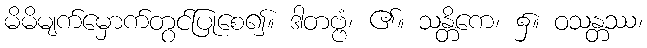
မိမိမျက်မှောက်တွင်ပြုစေ၍။ ဒါတဗ္ဗံ၊ ၏။ သန္တိကေ၊ ၌။ ဝသန္တဿ၊